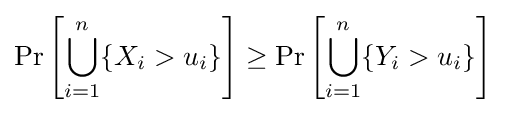
\Pr \left[\bigcup _{i=1}^{n}\{X_{i}>u_{i}\}\right]\geq \Pr \left[\bigcup _{i=1}^{n}\{Y_{i}>u_{i}\}\right]